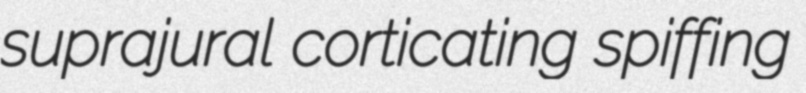
suprajural corticating spiffing